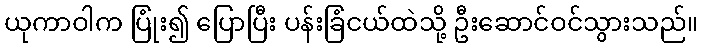
ယုကာဝါက ပြုံး၍ ပြောပြီး ပန်းခြံငယ်ထဲသို့ ဦးဆောင်ဝင်သွားသည်။